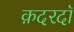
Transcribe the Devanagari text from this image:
क़दरदाॅ